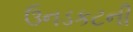
ઉનડકટની